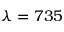
\lambda = 7 3 5